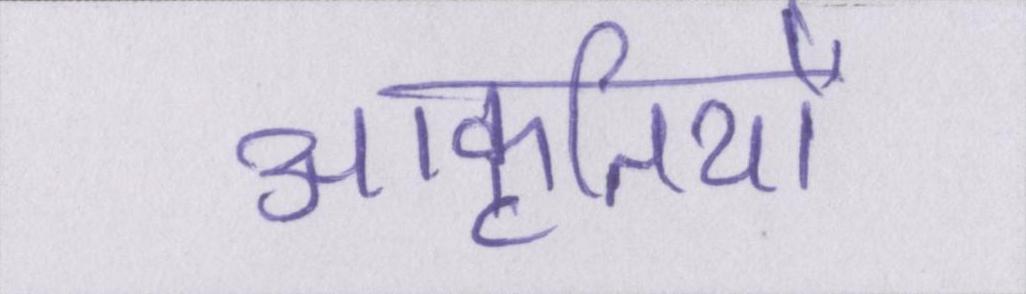
आकृतियों